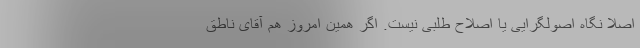
اصلا نگاه اصولگرایی یا اصلاح طلبی نیست. اگر همین امروز هم آقای ناطق